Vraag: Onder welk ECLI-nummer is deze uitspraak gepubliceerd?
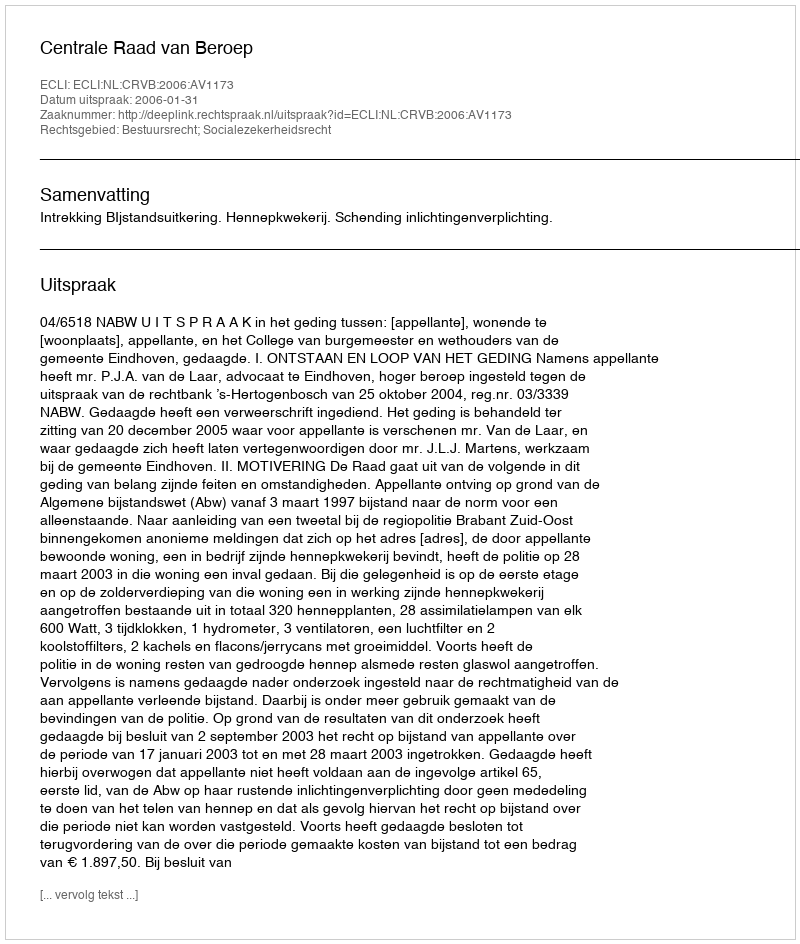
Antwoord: ECLI:NL:CRVB:2006:AV1173